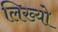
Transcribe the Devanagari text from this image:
लिख्‍यो